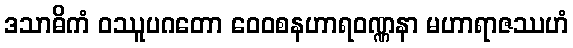
ဒသာဓိကံ ဝဿူပဂတော ဝေဝစနဟာရဝဏ္ဏနာ မဟာရာဇဿဟံ